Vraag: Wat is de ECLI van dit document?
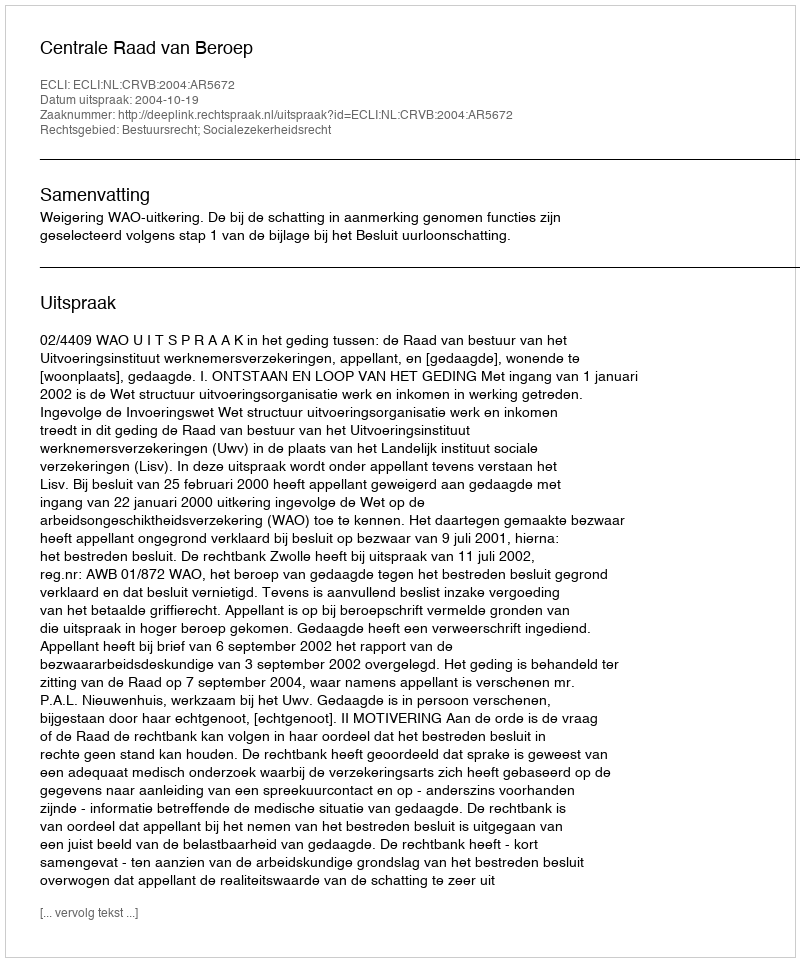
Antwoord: ECLI:NL:CRVB:2004:AR5672